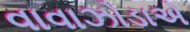
વાવાઝોડાએ